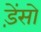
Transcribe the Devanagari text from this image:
ड़ेंसो